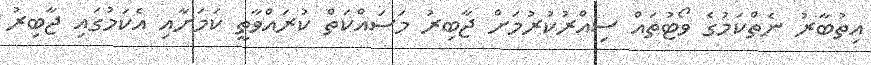
އިތުބާރު ނެތްކަމުގެ ވޯޓުތައް ސިއްރުކުރުމަށް ޖާބިރު މަސައްކަތް ކުރައްވާތީ ކަމަށާއި އެކަމުގައި ޖާބިރު